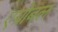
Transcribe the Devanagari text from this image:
एग्रोबल